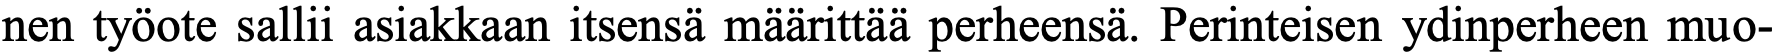
nen työote sallii asiakkaan itsensä määrittää perheensä. Perinteisen ydinperheen muo-